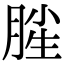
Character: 𣍺